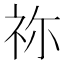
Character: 祢